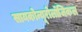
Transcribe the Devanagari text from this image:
सायकोन्यूरोलॉजिकल